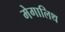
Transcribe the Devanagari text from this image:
मेगालिथ